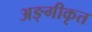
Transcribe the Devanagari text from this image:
अङ्गीकृत